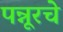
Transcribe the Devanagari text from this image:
पन्नूरचे